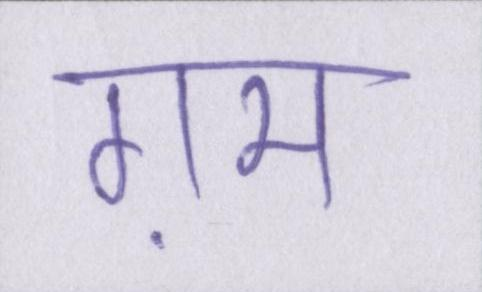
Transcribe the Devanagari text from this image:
ग़म